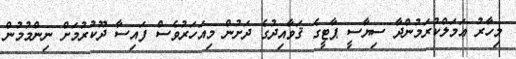
މިހާރު ޢަމަލްކުރަމުންދާ ސިޔާސީ ޕާޓީގެ ޤަވާއިދުގެ ދަށުން މިއަހަރުވެސް ފައިސާ ދޫކުރުމަށް ނިންމުމުން